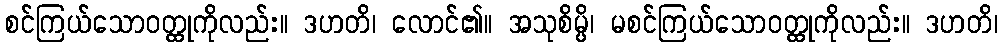
စင်ကြယ်သောဝတ္ထုကိုလည်း။ ဒဟတိ၊ လောင်၏။ အသုစိမ္ပိ၊ မစင်ကြယ်သောဝတ္ထုကိုလည်း။ ဒဟတိ၊